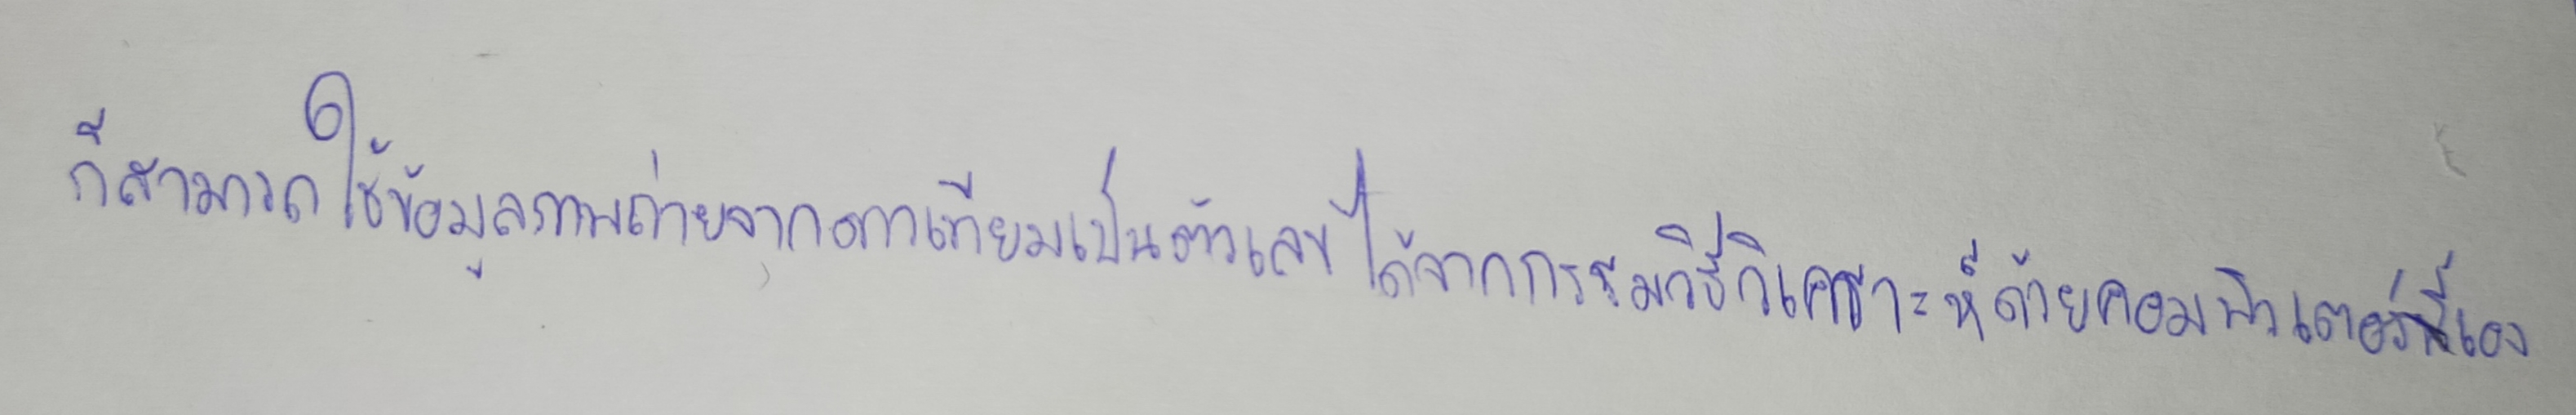
ก็สามารถใช้ข้อมูลภาพถ่ายจากดาวเทียมเป็นตัวเลขได้จากกรรมวิธีวิเคราะห์ด้วยคอมพิวเตอร์นี้เอง